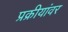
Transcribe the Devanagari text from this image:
प्रक्रीयांवर